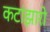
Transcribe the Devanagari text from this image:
कटांझारो